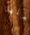
فعلها